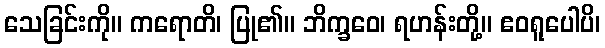
သေခြင်းကို။ ကရောတိ၊ ပြု၏။ ဘိက္ခဝေ၊ ရဟန်းတို့။ ဧဝရူပေါပိ၊